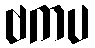
ဗကပ